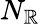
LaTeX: N_{\mathbb{R}}